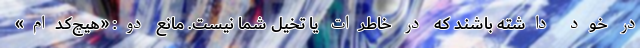
در خود داشته باشند که در خاطرات یا تخیل شما نیست. مانع دو: «هیچ‌کدام»